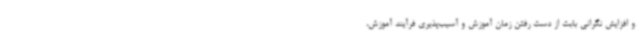
و افزایش نگرانی بابت از دست رفتن زمان آموزش و آسیب‌پذیری فرآیند آموزش،